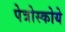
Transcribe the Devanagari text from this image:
पेत्रोस्कोये